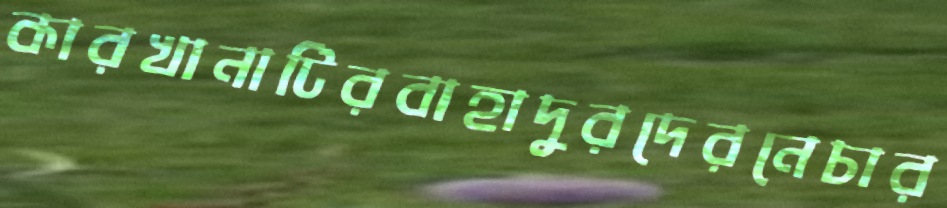
কারখানাটিরবাহাদুরদেরনেচার